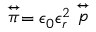
\stackrel { \leftrightarrow } { \pi } = \epsilon _ { 0 } \epsilon _ { r } ^ { 2 } \stackrel { \leftrightarrow } { p }